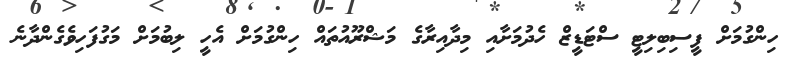
ހިންގުމަށް ފީސިބިލިޓީ ސްޓަޑީޒް ހެދުމަށާއި މިދާއިރާގެ މަޝްރޫއުތައް ހިންގުމަށް އެހީ ލިބުމަށް މަގުފަހިވެގެންދާނެ